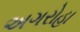
અગરોહા